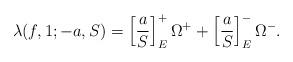
LaTeX: \begin{align*}\lambda(f,1;-a,S)=\left[\frac{a}{S}\right]_E^+\Omega^{+} +\left[\frac{a}{S}\right]_E^-\Omega^{-}.\end{align*}